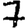
Digit: 7